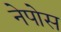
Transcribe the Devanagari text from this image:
नेपोस